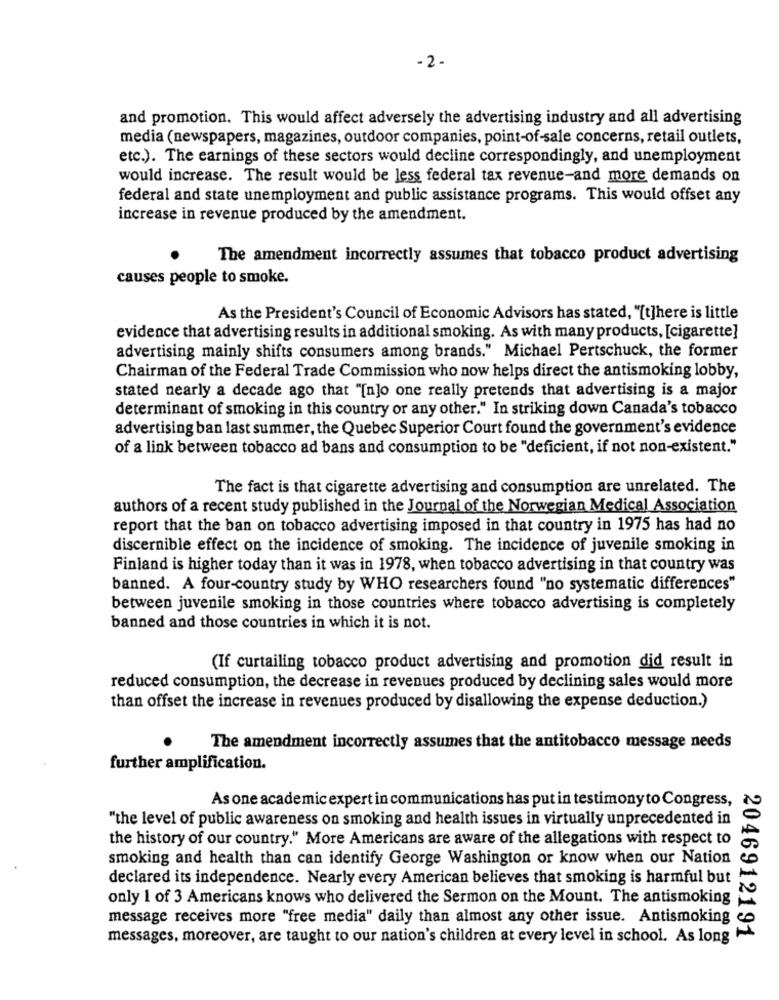
-2.
and promotion. This would affect adversely the advertising industry and all advertising
media (newspapers, magazines, outdoor companies, point-of-sale concerns, retail outlets,
etc.). The earnings of these sectors would decline correspondingly, and unemployment
would increase. The result would be less federal tax revenue-and more demands on
federal and state unemployment and public assistance programs. This would offset any
increase in revenue produced by the amendment.
The amendment incorrectly assumes that tobacco product advertising
causes people to smoke.
As the President's Council of Economic Advisors has stated, "[t]here is little
evidence that advertising results in additional smoking. As with many products, [cigarette]
advertising mainly shifts consumers among brands." Michael Pertschuck, the former
Chairman of the Federal Trade Commission who now helps direct the antismoking lobby,
stated nearly a decade ago that "[n]o one really pretends that advertising is a major
determinant of smoking in this country or any other." In striking down Canada's tobacco
advertising ban last summer, the Quebec Superior Court found the government's evidence
of a link between tobacco ad bans and consumption to be "deficient, if not non-existent."
The fact is that cigarette advertising and consumption are unrelated. The
authors of a recent study published in the Journal of the Norwegian Medical Association
report that the ban on tobacco advertising imposed in that country in 1975 has had no
discernible effect on the incidence of smoking. The incidence of juvenile smoking in
Finland is higher today than it was in 1978, when tobacco advertising in that country was
banned. A four-country study by WHO researchers found "no systematic differences"
between juvenile smoking in those countries where tobacco advertising is completely
banned and those countries in which it is not.
(If curtailing tobacco product advertising and promotion did result in
reduced consumption, the decrease in revenues produced by declining sales would more
than offset the increase in revenues produced by disallowing the expense deduction.)
The amendment incorrectly assumes that the antitobacco message needs
further amplification.
As one academic expert in communications has put in testimonyto Congress,
"the level of public awareness on smoking and health issues in virtually unprecedented in
the history of our country." More Americans are aware of the allegations with respect to
smoking and health than can identify George Washington or know when our Nation
declared its independence. Nearly every American believes that smoking is harmful but
only 1 of 3 Americans knows who delivered the Sermon on the Mount. The antismoking
message receives more "free media" daily than almost any other issue. Antismoking
messages, moreover, are taught to our nation's children at every level in school. As long
2046912191